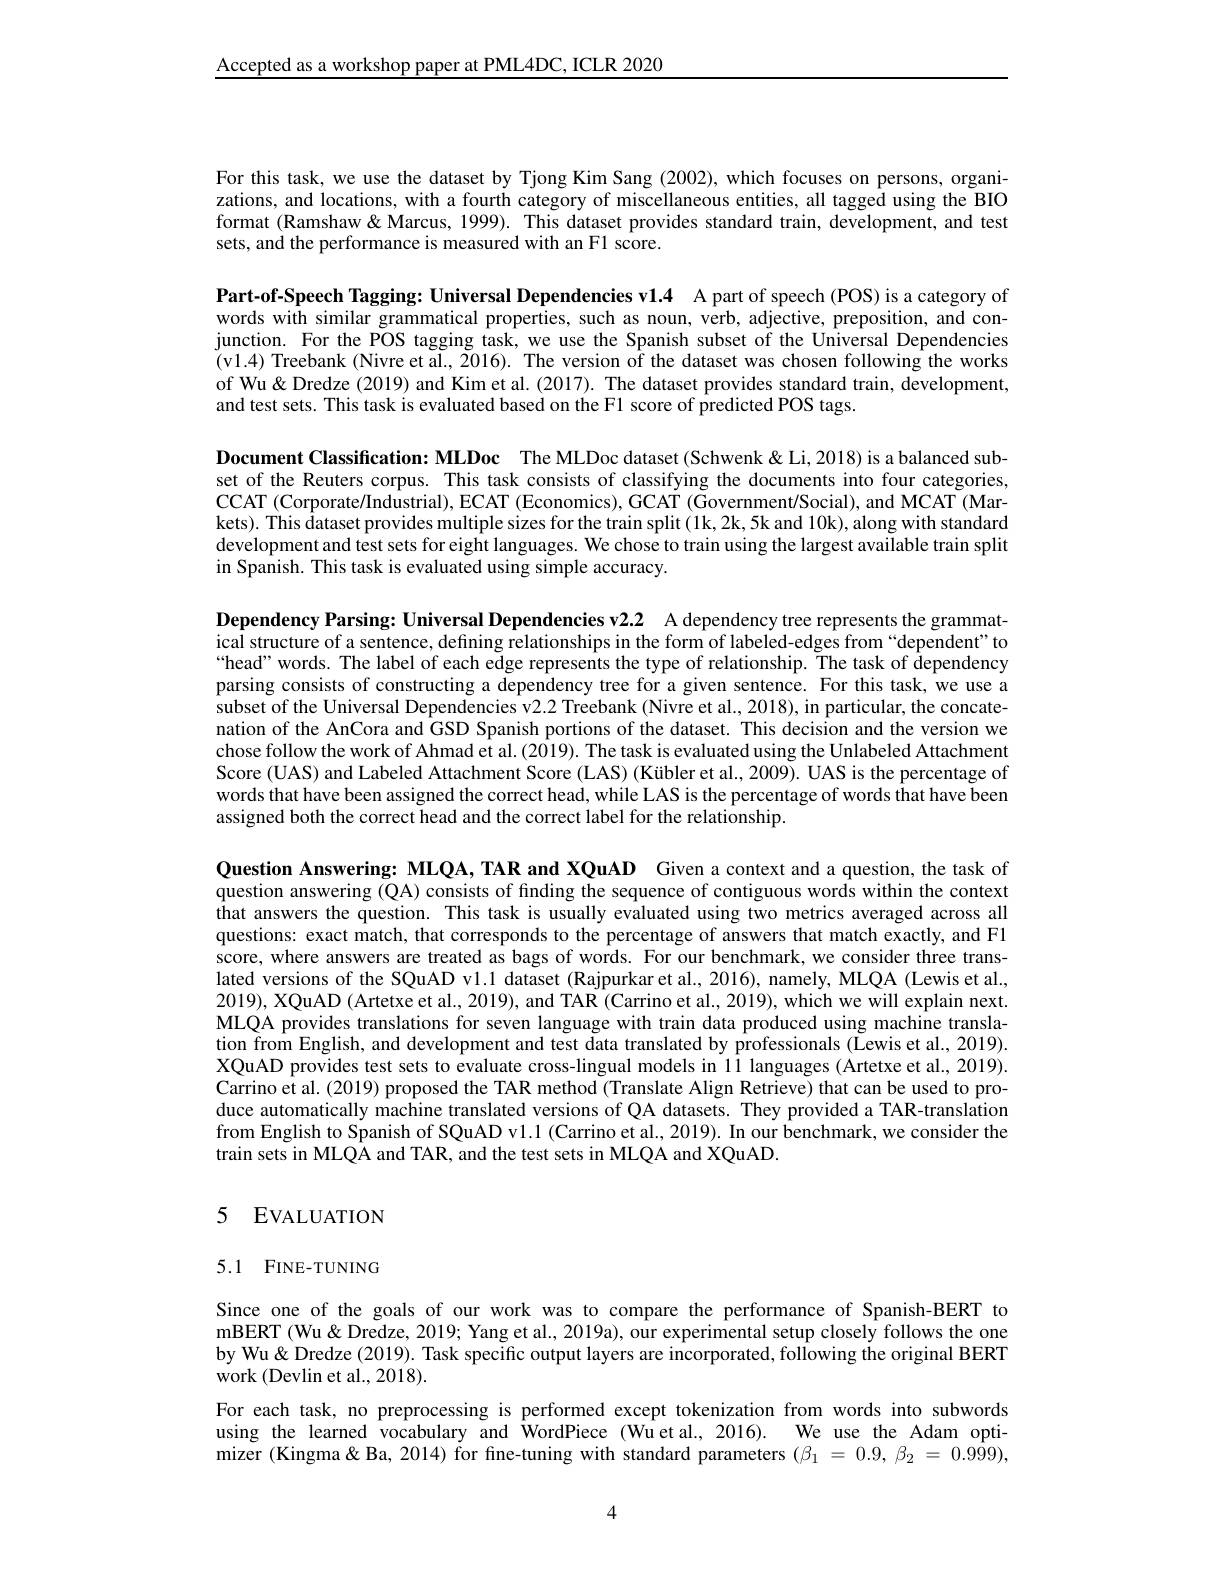
Accepted as a workshop paper at PML4DC, ICLR 2020

For this task, we use the dataset by Tjong Kim Sang (2002), which focuses on persons, organizations, and locations, with a fourth category of miscellaneous entities, all tagged using the BIO format (Ramshaw& &Marcus, 1999). This dataset provides standard train, development, and test sets, and the performance is measured with an F1 score.

Part-of-Speech Tagging: Universal Dependencies v1.4 A part of speech (POS) is a category of words with similar grammatical properties, such as noun, verb, adjective, preposition, and conjunction. For the POS tagging task, we use the Spanish subset of the Universal Dependencies (v1.4) Treebank (Nivre et al., 2016). The version of the dataset was chosen following the works of Wu& Dredze (2019) and Kim et al. (2017). The dataset provides standard train, development, and test sets. This task is evaluated based on the F1 score of predicted POS tags.

Document Classification: MLDoc The MLDoc dataset (Schwenk & Li,2018) is a balanced subset of the Reuters corpus. This task consists of classifying the documents into four categories, CCAT ( Corporate/ Industrial) , ECAT ( Economics) , GCAT ( Government/ Social) , and MCAT ( Mar- ) kets). This dataset provides multiple sizes for the train split (1k,2k,5k and 10k), along with standard development and test sets for eight languages. We chose to train using the largest available train split in Spanish. This task is evaluated using simple accuracy.

Dependency Parsing: Universal Dependencies v2.2 A dependency tree represents the grammatical structure of a sentence, defining relationships in the form of labeled-edges from “dependent" to “head” words. The label of each edge represents the type of relationship. The task of dependency parsing consists of constructing a dependency tree for a given sentence. For this task, we use a subset of the Universal Dependencies v2.2 Treebank (Nivre et al., 2018), in particular, the concatenation of the AnCora and GSD Spanish portions of the dataset. This decision and the version we chose follow the work of Ahmad et al. (2019). The task is evaluated using the Unlabeled Attachment Score (UAS) and Labeled Attachment Score (LAS) (Kübler et al., 2009). UAS is the percentage of words that have been assigned the correct head, while LAS is the percentage of words that have been assigned both the correct head and the correct label for the relationship.

Question Answering: MLQA, TAR and XQuAD Given a context and a question, the task of question answering (QA) consists of finding the sequence of contiguous words within the context that answers the question. This task is usually evaluated using two metrics averaged across all questions: exact match, that corresponds to the percentage of answers that match exactly, and F1 score, where answers are treated as bags of words. For our benchmark, we consider three translated versions of the SQuAD v1.1 dataset (Rajpurkar et al., 2016), namely, MLQA (Lewis et al., 2019), XQuAD (Artetxe et al., 2019), and TAR (Carrino et al., 2019), which we will explain next. MLQA provides translations for seven language with train data produced using machine translation from English, and development and test data translated by professionals (Lewis et al., 2019). XQuAD provides test sets to evaluate cross-lingual models in 11 languages (Artetxe et al., 2019). Carrino et al. (2019) proposed the TAR method (Translate Align Retrieve) that can be used to produce automatically machine translated versions of QA datasets. They provided a TAR-translation from English to Spanish of SQuAD v1.1 (Carrino et al., 2019). In our benchmark, we consider the train sets in MLQA and TAR, and the test sets in MLQA and XQuAD.

## 5 EVALUATION

## 5.1 FINE-TUNING

Since one of the goals of our work was to compare the performance of Spanish-BERT to mBERT (Wu&Dredze, 2019; Yang et al., 2019a), our experimental setup closely follows the one by Wu& Dredze (2019). Task specific output layers are incorporated, following the original BERT work (Devlin et al., 2018).
For each task, no preprocessing is performed except tokenization from words into subwords using the learned vocabulary and WordPiece (Wuetal., 2016). We use the Adam optimizer (Kingma& Ba, 2014) for fne-tuning with standard parameters $(\beta_1=0.9,\beta_2=0.9\tilde{99})$,

4